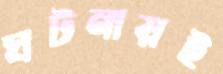
ঘটনায়ই